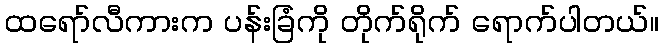
ထရော်လီကားက ပန်းခြံကို တိုက်ရိုက် ရောက်ပါတယ်။